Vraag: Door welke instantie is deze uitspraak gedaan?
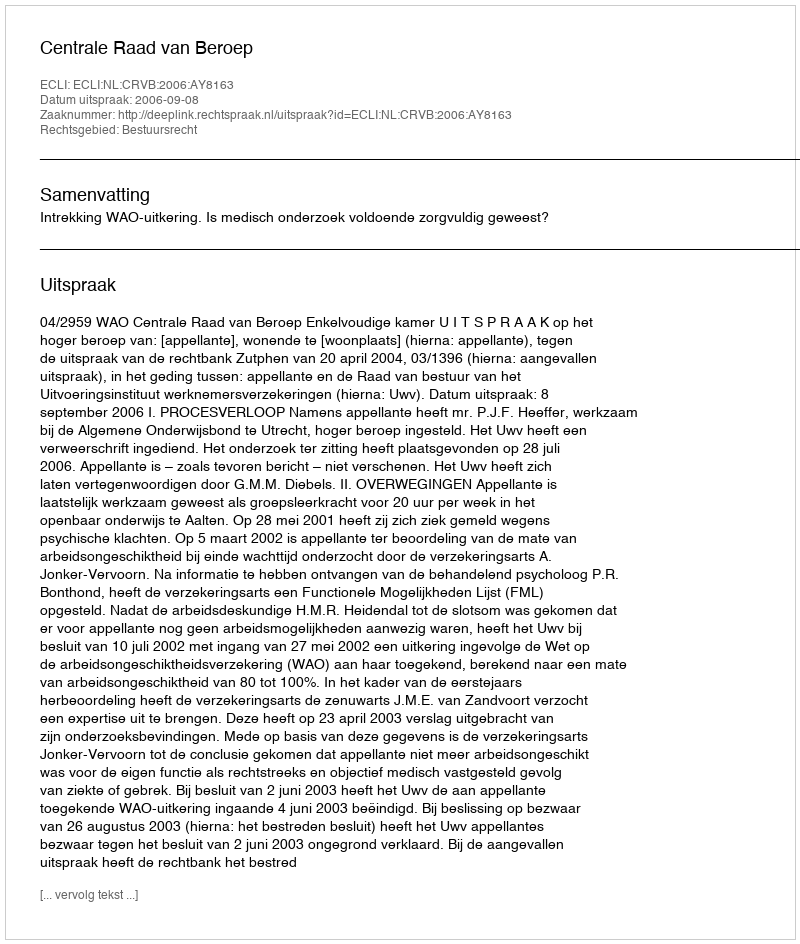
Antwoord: Centrale Raad van Beroep